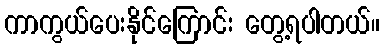
ကာကွယ်ပေးနိုင်ကြောင်း တွေ့ရပါတယ်။